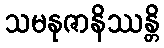
သမနုဇာနိဿန္တိ